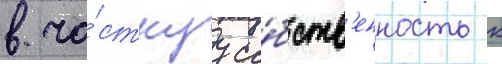
в ча́стнуу со́бств'енность к